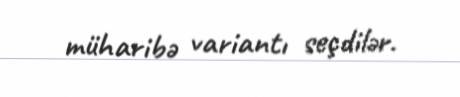
müharibə variantı seçdilər.